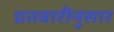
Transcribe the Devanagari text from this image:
प्रतवारीनुसार